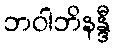
ဘဝါဘိနန္ဒီ